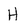
Character: H